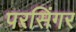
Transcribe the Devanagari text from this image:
परसिंगर